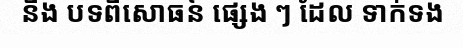
និង បទពិសោធន៍ ផ្សេង ៗ ដែល ទាក់ទង